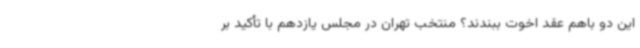
این دو باهم عقد اخوت ببندند؟ منتخب تهران در مجلس یازدهم با تأکید بر